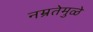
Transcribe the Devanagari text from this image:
नम्रतेमुळे